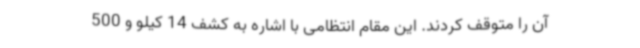
آن را متوقف کردند. این مقام انتظامی با اشاره به کشف 14 کیلو و 500